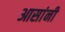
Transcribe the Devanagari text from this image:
आसांनी